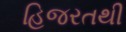
હિજરતથી